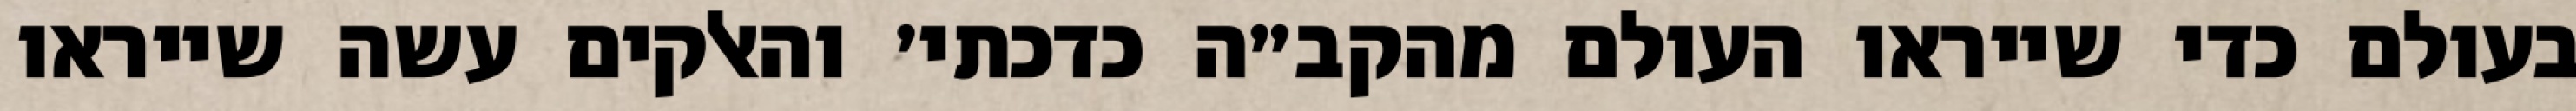
בעולם כדי שייראו העולם מהקב״ה כדכתי׳ והאלקים עשה שייראו